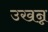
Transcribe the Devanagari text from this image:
उखन्न